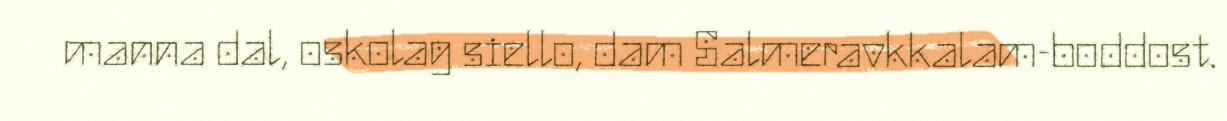
manna dal, oskolag siello, dam Salmeravkkalam-boddost.